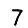
Digit: 7